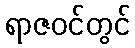
ရာဇဝင်တွင်